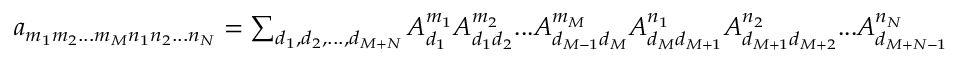
\begin{array} { r } { a _ { m _ { 1 } m _ { 2 } . . . m _ { M } n _ { 1 } n _ { 2 } . . . n _ { N } } = \sum _ { d _ { 1 } , d _ { 2 } , . . . , d _ { M + N } } A _ { d _ { 1 } } ^ { m _ { 1 } } A _ { d _ { 1 } d _ { 2 } } ^ { m _ { 2 } } . . . A _ { d _ { M - 1 } d _ { M } } ^ { m _ { M } } A _ { d _ { M } d _ { M + 1 } } ^ { n _ { 1 } } A _ { d _ { M + 1 } d _ { M + 2 } } ^ { n _ { 2 } } . . . A _ { d _ { M + N - 1 } } ^ { n _ { N } } } \end{array}